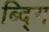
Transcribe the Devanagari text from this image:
ब्द्गि